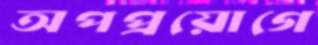
অপপ্রয়োগে